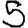
Digit: 5